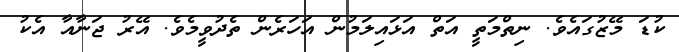
ކުޑަ މޭޒުގައެވެ. ނިތްމަތީ އަތް އަޅައިލަމުން އަހަރެން ތެދުވީމެވެ. އޭރު ޖަނާއާ އެކު